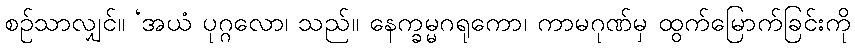
စဉ်သာလျှင်။ ‘အယံ ပုဂ္ဂလော၊ သည်။ နေက္ခမ္မဂရုကော၊ ကာမဂုဏ်မှ ထွက်မြောက်ခြင်းကို